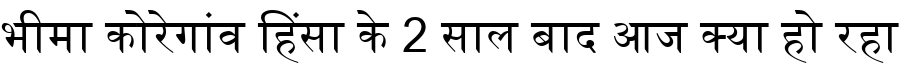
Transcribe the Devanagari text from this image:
भीमा कोरेगांव हिंसा के 2 साल बाद आज क्या हो रहा